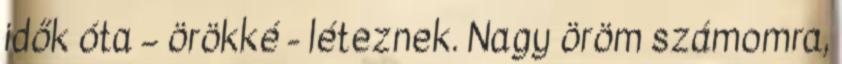
idők óta – örökké - léteznek. Nagy öröm számomra,